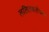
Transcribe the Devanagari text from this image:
ललितकलेच्या